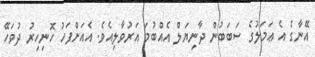
އޭނާގެ އެ ޢަމަލުގެ ސަބަބުން ދާނިޔަލް އެއްބުމަ އަރުވާލިއެވެ. އެއަށްފަހު ހޮނިހިރު ދުވަހޭ